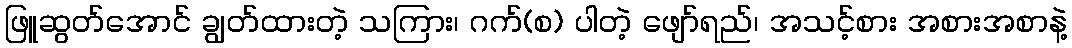
ဖြူဆွတ်အောင် ချွတ်ထားတဲ့ သကြား၊ ဂက်(စ) ပါတဲ့ ဖျော်ရည်၊ အသင့်စား အစားအစာနဲ့